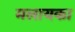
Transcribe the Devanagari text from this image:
मलायका